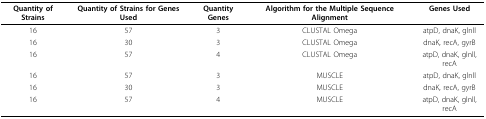
<table><thead><tr><td><b>Quantity of Strains</b></td><td><b>Quantity of Strains for Genes Used</b></td><td><b>Quantity Genes</b></td><td><b>Algorithm for the Multiple Sequence Alignment</b></td><td><b>Genes Used</b></td></tr></thead><tbody><tr><td>16</td><td>57</td><td>3</td><td>CLUSTAL Omega</td><td>atpD, dnaK, glnll</td></tr><tr><td>16</td><td>30</td><td>3</td><td>CLUSTAL Omega</td><td>dnaK, recA, gyrB</td></tr><tr><td>16</td><td>57</td><td>4</td><td>CLUSTAL Omega</td><td>atpD, dnaK, glnll, recA</td></tr><tr><td>16</td><td>57</td><td>3</td><td>MUSCLE</td><td>atpD, dnaK, glnll</td></tr><tr><td>16</td><td>30</td><td>3</td><td>MUSCLE</td><td>dnaK, recA, gyrB</td></tr><tr><td>16</td><td>57</td><td>4</td><td>MUSCLE</td><td>atpD, dnaK, glnll, recA</td></tr></tbody></table>